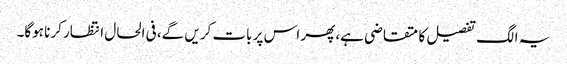
یہ الگ تفصیل کا متقاضی ہے، پھر اس پر بات کریں گے، فی الحال انتظار کرنا ہوگا۔